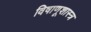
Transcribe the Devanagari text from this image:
विषाणूशास्त्र